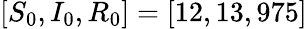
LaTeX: [S_{0},I_{0},R_{0}]=[12,13,975]